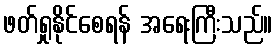
ဖတ်ရှုနိုင်စေရန် အရေးကြီးသည်။